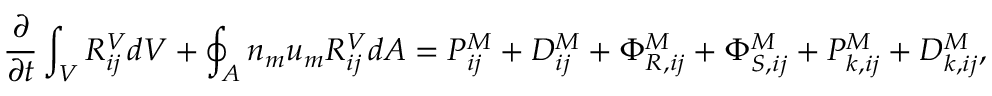
\frac { \partial } { \partial t } \int _ { V } R _ { i j } ^ { V } d V + \oint _ { A } n _ { m } u _ { m } R _ { i j } ^ { V } d A = P _ { i j } ^ { M } + D _ { i j } ^ { M } + \Phi _ { R , i j } ^ { M } + \Phi _ { S , i j } ^ { M } + P _ { k , i j } ^ { M } + D _ { k , i j } ^ { M } ,